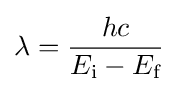
\lambda ={\frac {hc}{E_{\text{i}}-E_{\text{f}}}}